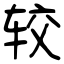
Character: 较